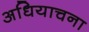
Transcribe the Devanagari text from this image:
अधियाचना